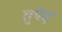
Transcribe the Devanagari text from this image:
तुपेड़